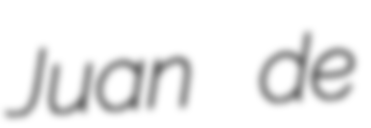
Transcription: Juan de